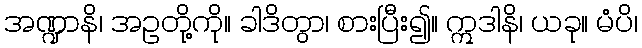
အဏ္ဍာနိ၊ အဥတို့ကို။ ခါဒိတွာ၊ စားပြီး၍။ ဣဒါနိ၊ ယခု။ မံပိ၊